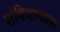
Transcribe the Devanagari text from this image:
संविधानाला